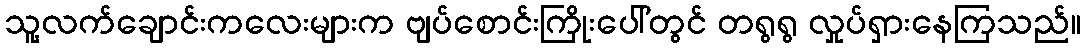
သူ့လက်ချောင်းကလေးများက ဗျပ်စောင်းကြိုးပေါ်တွင် တရွရွ လှုပ်ရှားနေကြသည်။